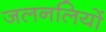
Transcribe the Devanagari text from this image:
जलनलियों